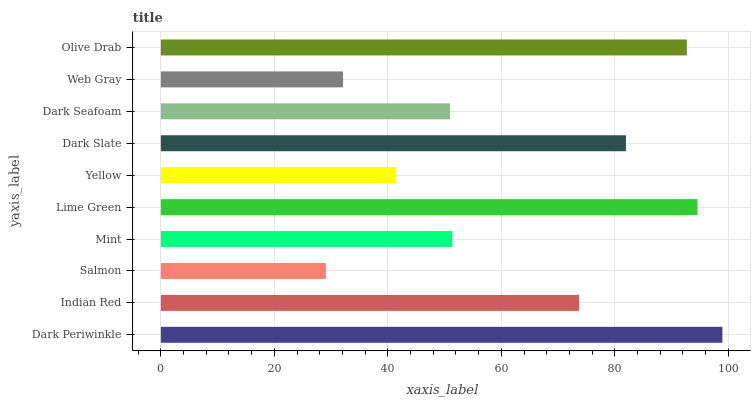
| yaxis_label | bars |
 | --- | --- |
 | Dark Periwinkle | 98.9 |
 | Indian Red | 73.7 |
 | Salmon | 29.1 |
 | Mint | 51.4 |
 | Lime Green | 94.6 |
 | Yellow | 41.5 |
 | Dark Slate | 82 |
 | Dark Seafoam | 51 |
 | Web Gray | 32.1 |
 | Olive Drab | 92.7 |